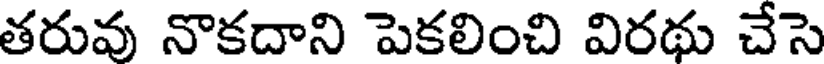
తరువు నొకదాని పెకలించి విరథు చేసె